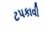
ટપકાવી